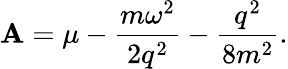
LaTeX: \mathbf{A}=\mu-\frac{{m\omega^{2}}}{{2q^{2}}}-\frac{{q^{2}}}{{8m^{2}}}.